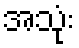
အသုံး